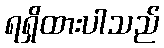
ရရှိထားပါသည်